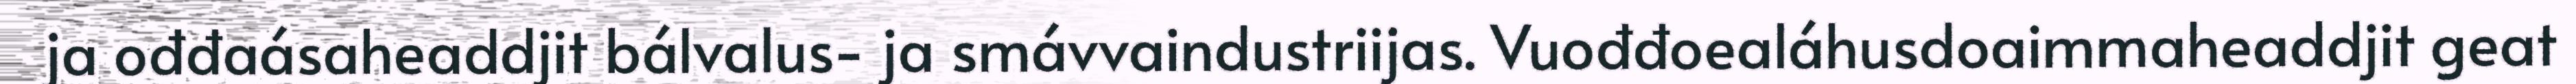
ja ođđaásaheaddjit bálvalus- ja smávvaindustriijas. Vuođđoealáhusdoaimmaheaddjit geat